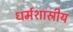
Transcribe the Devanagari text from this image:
धर्मशास्रीय